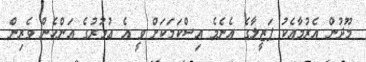
މޫދުން އެރުމާއެކު ފަޒީލާގެ އެނެމެ އިސްކަމަކަށް ވީ އެ ޢުމުރުގެ އަންހެން ވެރިން